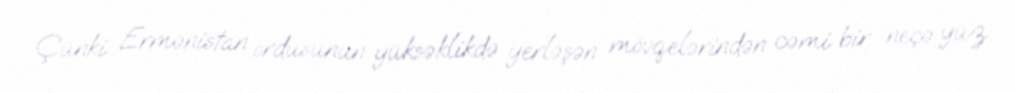
Çünki Ermənistan ordusunun yüksəklikdə yerləşən mövqelərindən cəmi bir neçə yüz